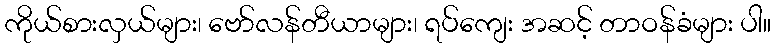
ကိုယ်စားလှယ်များ၊ ဗော်လန်တီယာများ၊ ရပ်ကျေး အဆင့် တာဝန်ခံများ ပါ။